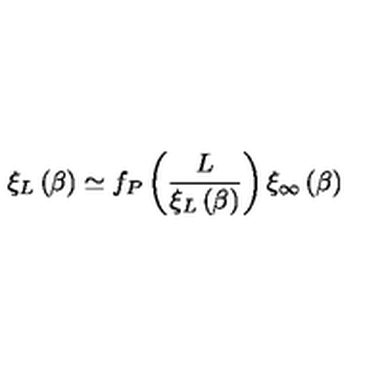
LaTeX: \xi _ { L } \left( \beta \right) \simeq f _ { P } \left( \frac { L } { \xi _ { L } \left( \beta \right) } \right) \xi _ { \infty } \left( \beta \right)